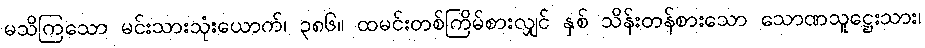
မသိကြသော မင်းသားသုံးယောက်၊ ၃၈၆။ ထမင်းတစ်ကြိမ်စားလျှင် နှစ် သိန်းတန်စားသော သောဏသူဋ္ဌေးသား၊